65_HS1-834228961_62-HQ-83894_Section_1
Agency: FBI
Page 136
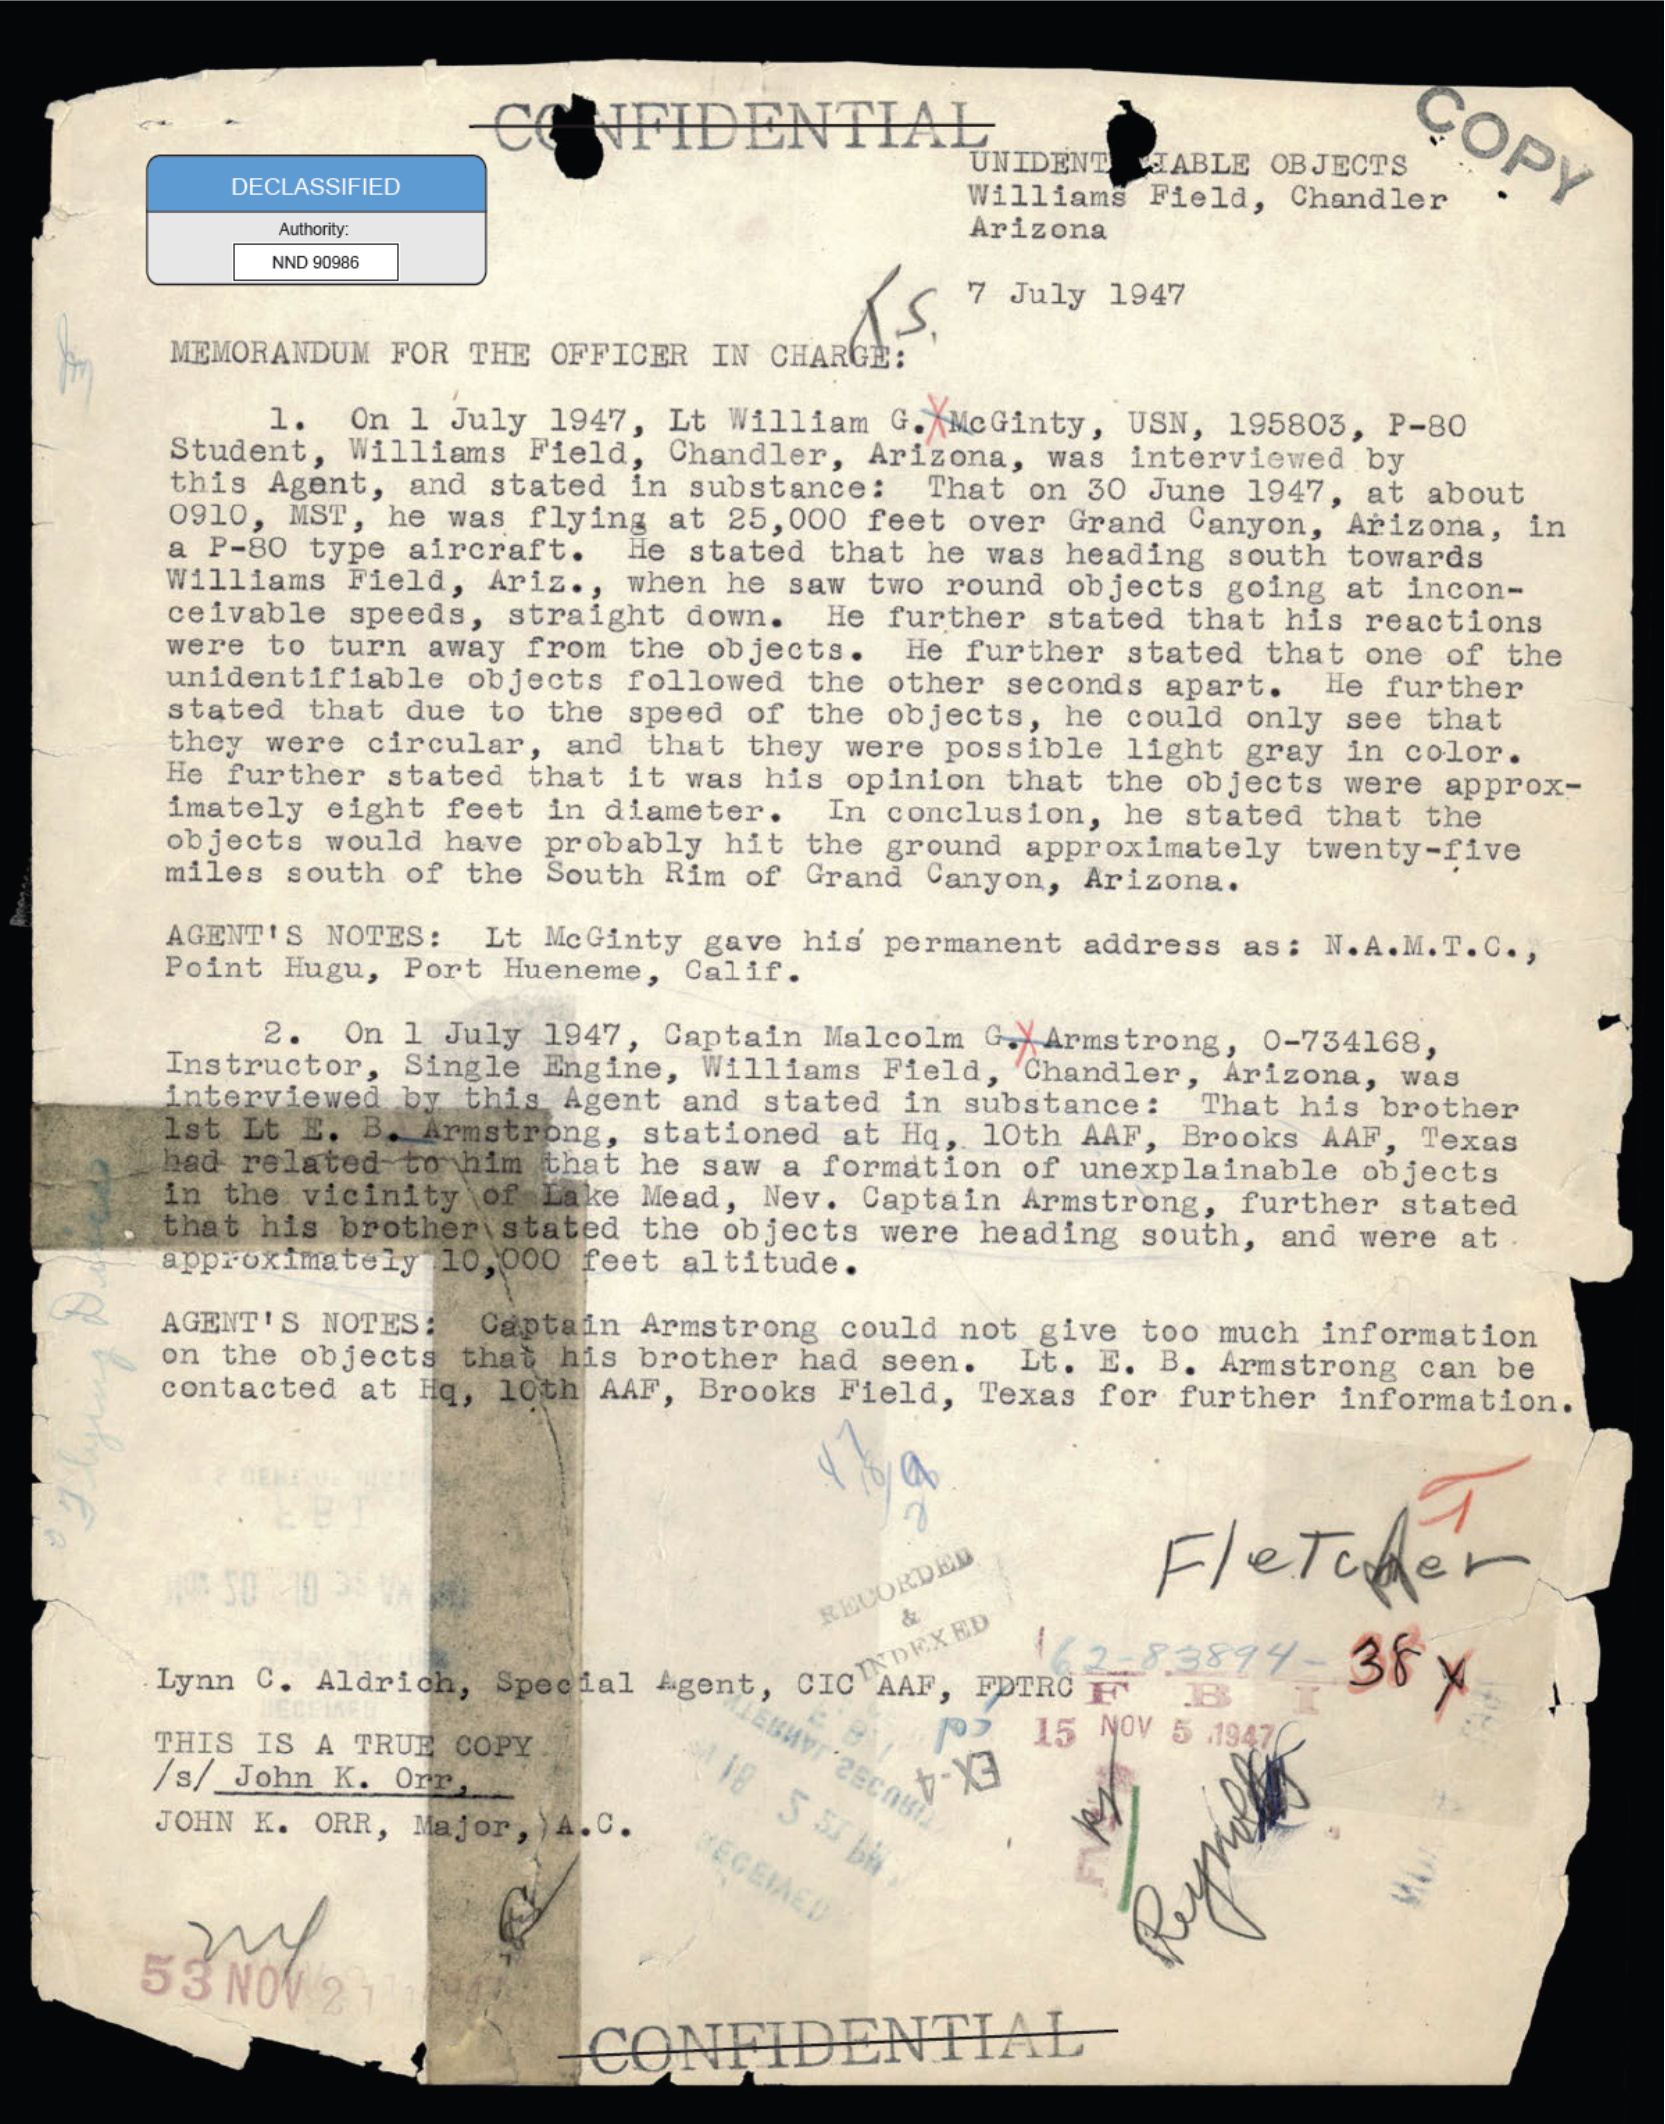